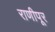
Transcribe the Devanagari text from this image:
राणीपूर